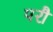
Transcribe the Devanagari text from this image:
परौं